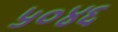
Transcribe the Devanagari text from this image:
५०४६